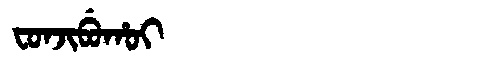
Manchu: ᠸᠣᠨᠵᡳᠪᡠᡥᠣᡳ
Romanization: FONJIBUHOI